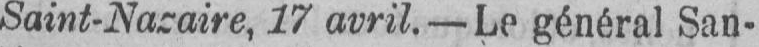
Saint-Nacaire, 17 avril. - Le général San-